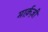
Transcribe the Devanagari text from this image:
मार्क़ज़ी